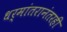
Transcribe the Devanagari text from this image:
धर्मांतरानंतरही